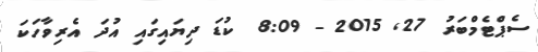
ސެޕްޓެމްބަރު 27